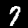
Digit: 7